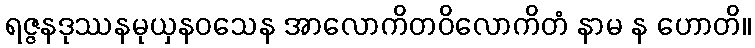
ရဇ္ဇနဒုဿနမုယှနဝသေန အာလောကိတဝိလောကိတံ နာမ န ဟောတိ။